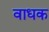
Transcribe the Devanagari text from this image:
वाधक